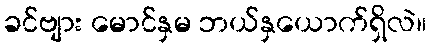
ခင်ဗျား မောင်နှမ ဘယ်နှယောက်ရှိလဲ။